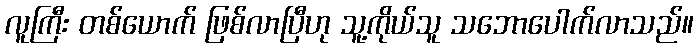
လူကြီး တစ်ယောက် ဖြစ်လာပြီဟု သူ့ကိုယ်သူ သဘောပေါက်လာသည်။